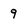
Character: 9